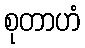
စုတာဟံ